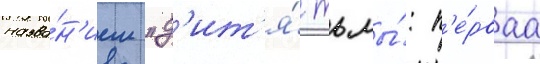
назва́н'ием "д'ит'я́ тьмы́: п'е́рваа